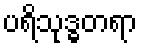
ပရိသုဒ္ဓတရာ